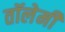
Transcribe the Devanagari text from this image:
तॉलेमी